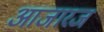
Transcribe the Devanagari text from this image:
आजारज